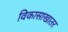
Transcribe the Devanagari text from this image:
विकासाखातर